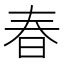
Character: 春